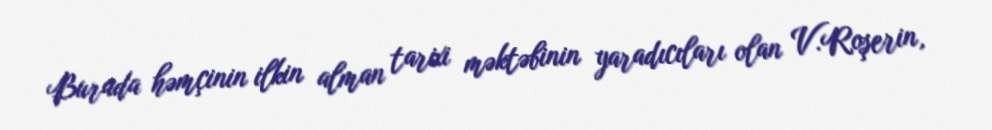
Burada həmçinin ilkin alman tarixi məktəbinin yaradıcıları olan V.Roşerin,